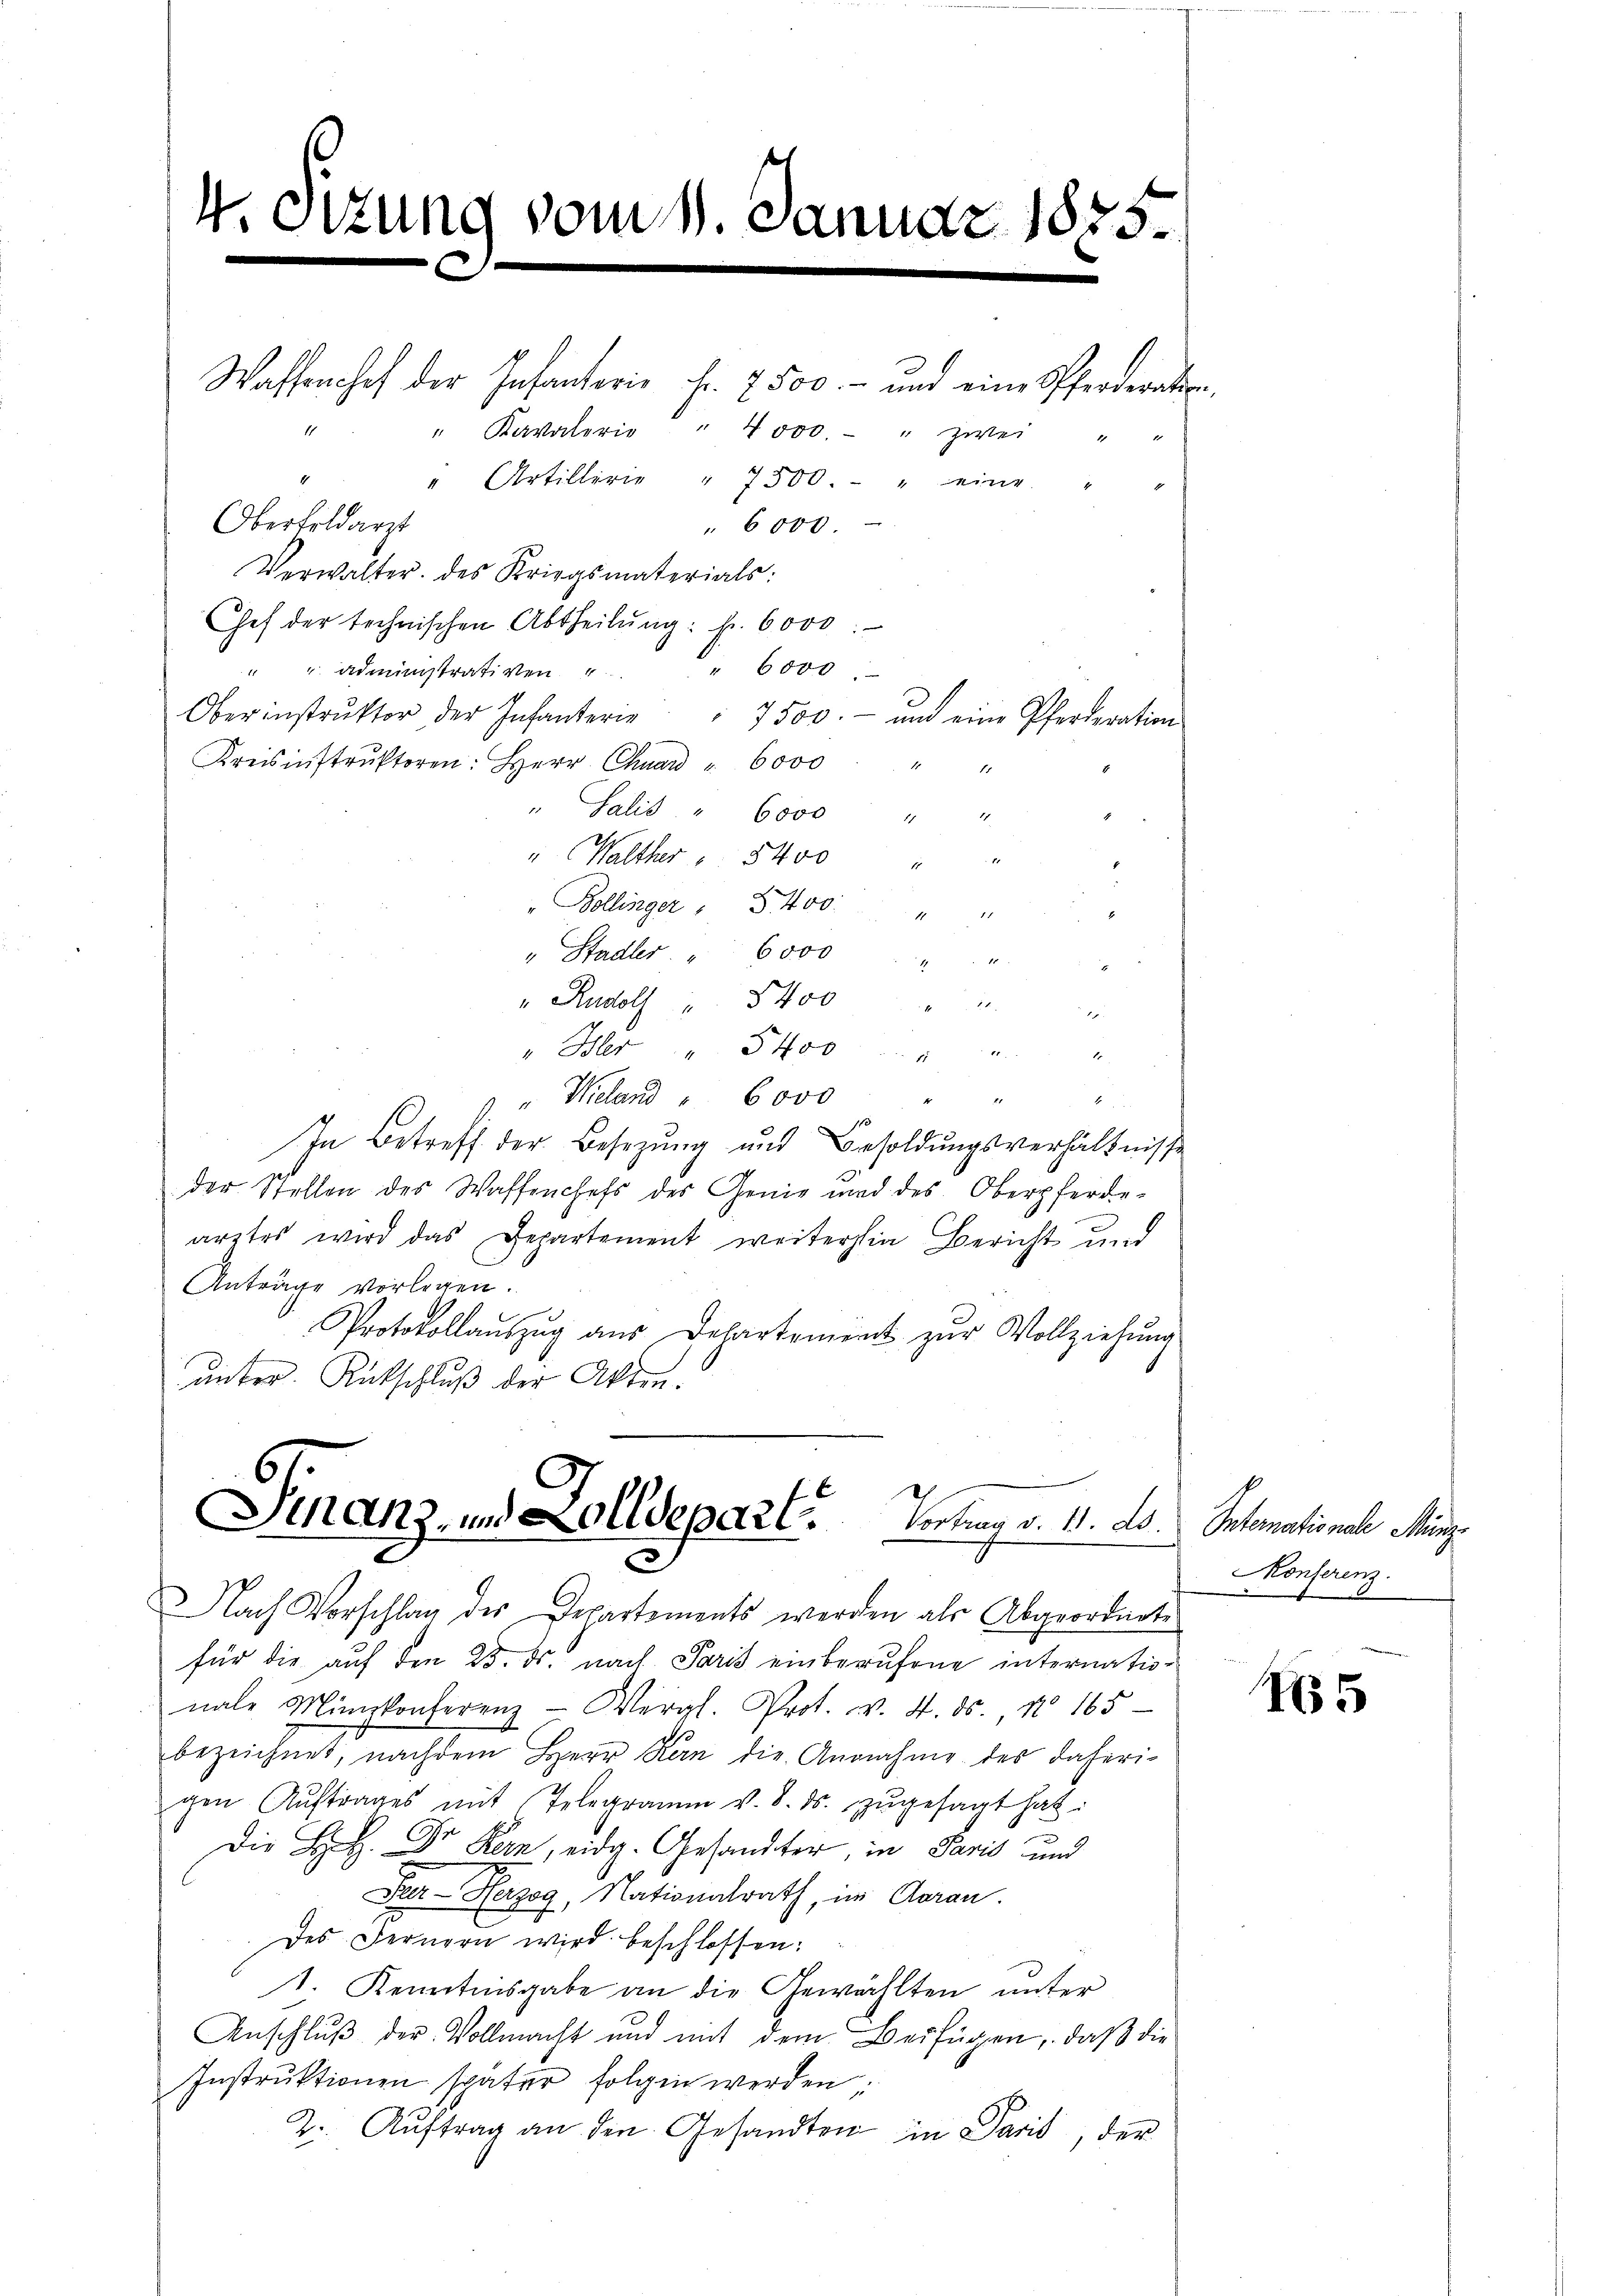
4. Sitzung vom 11. Januar 1875.
2

Wassenhof der Infanterie Fr. 7500.- und eine Pferderation
" Kavalerie " 4000.- " zwei
" Artillerie " 7500.- " eine
Oberfeldarzt
" 6000.
Verwalter. des Kriegsmaterials:
Chef der technischen Abtheilŭng: f. 6000
" 6000.
" " administrativen
Oberinstrŭktor der Infanterie " 7500.- und eine Pferderation
Kreisinstrŭktoren: Herr Chuard " 6000 " "
" Salid " 6000 " "
d
" Walther u. 5400 " "
" Bollinger " 400 " "
" Stadler " 6000 " " "
" Rudolf " 5400 " " "
" Isler Stoo . . .
d
" Meland " 6000 " " "
In Betreff der Besetzung und Besoldungsverhältnisse
der Stellen des Waffenchefs des Genie und des Oberpferde-
arztes wird das Departement weiterhin Bericht und
Anträge vorlegen.
Protokollauszug aus Departement zur Vollziehung
unter Rutschluß der Akten.

11

Finanz, und Kolldepart.       Portion v. 11. ds. Sehemationale Mine

Nach Vorschlag des Departements werden als Abgeordnete
für die auf den 25. ds. nach Paris einberufene internationale Münzkonferenz- Vergl. Prot. v. 4. ds., N. 165
bezeichnet, nachdem Herr Kan die Annahme des daherigen Aŭftrages mit Telegramm v. 8. ds. zŭgesagt hat:
3
Die H.H. Dr Kern, eidg. Gesandter, in Paris und
Peer- Herzog, Nationalrath, im Garan.
des Fernern wird beschlossen:
1. Kenntnisgabe an die Gewählten unter
Anschluß der Vollmacht und mit dem Beifügen, daß die
Instrŭktionen später folgen werden;
2. Aŭftrag an den Gesandten in Paris, der

Konferenz.

1655